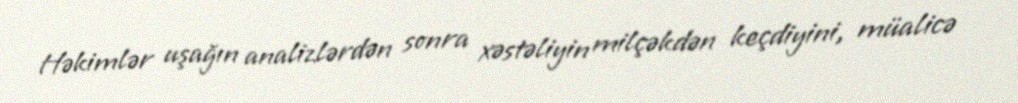
Həkimlər uşağın analizlərdən sonra xəstəliyin milçəkdən keçdiyini, müalicə